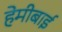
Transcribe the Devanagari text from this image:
हेमीबाई